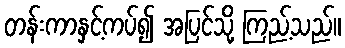
တန်းကာနှင့်ကပ်၍ အပြင်သို့ ကြည့်သည်။